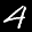
Label: 4